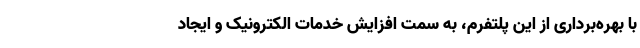
با بهره‌برداری از این پلتفرم، به سمت افزایش خدمات الکترونیک و ایجاد